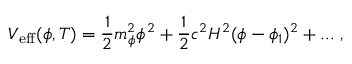
V _ { \mathrm { e f f } } ( \phi , T ) = \frac { 1 } { 2 } m _ { \phi } ^ { 2 } \phi ^ { 2 } + \frac { 1 } { 2 } c ^ { 2 } H ^ { 2 } ( \phi - \phi _ { 1 } ) ^ { 2 } + . . . \ ,